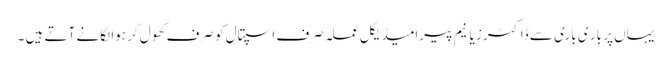
یہاں پر بار ی باری سے ڈاکٹرز یا نیم پیرامیڈیکل عملہ صرف اسپتال کو صرف کھول کر ہوا لگانے آتے ہیں ۔